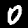
Digit: 0